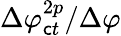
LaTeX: \Delta\varphi_{\mathsf{c}t}^{2p}/\Delta\varphi